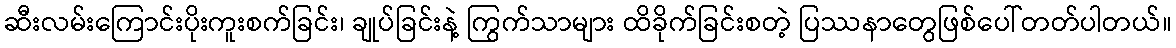
ဆီးလမ်းကြောင်းပိုးကူးစက်ခြင်း၊ ချုပ်ခြင်းနဲ့ ကြွက်သာများ ထိခိုက်ခြင်းစတဲ့ ပြဿနာတွေဖြစ်ပေါ်တတ်ပါတယ်။